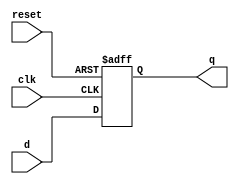
module ParameterizedRegister #(parameter WIDTH = 8) (
    input wire clk,                 // Clock signal
    input wire reset,               // Active-high asynchronous reset
    input wire [WIDTH-1:0] d,       // Input data
    output reg [WIDTH-1:0] q        // Output data
);

    // Always block for register behavior
    always @(posedge clk or posedge reset) begin
        if (reset) begin
            q <= {WIDTH{1'b0}};      // Set output to zero when reset is asserted
        end else begin
            q <= d;                  // Store input data in the register
        end
    end

endmodule